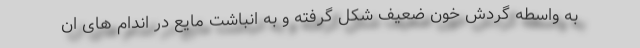
به واسطه گردش خون ضعیف شکل گرفته و به انباشت مایع در اندام های ان